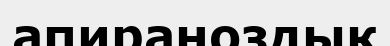
апираноздық